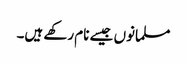
مسلمانوں جیسے نام رکھے ہیں۔